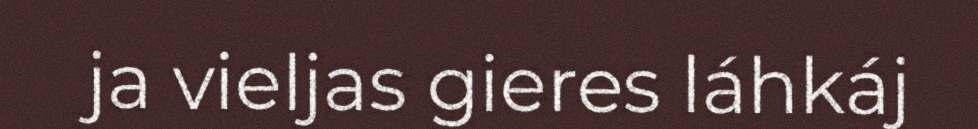
ja vieljas gieres láhkáj